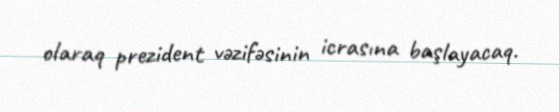
olaraq prezident vəzifəsinin icrasına başlayacaq.